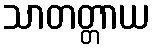
သာတတ္တာယ